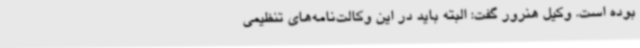
بوده است. وکیل هنرور گفت: البته باید در این وکالت‌نامه‌های تنظیمی